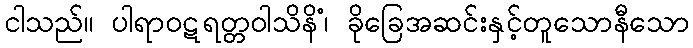
ငါသည်။ ပါရာဝဋရတ္တဝါသိနိံ၊ ခိုခြေအဆင်းနှင့်တူသောနီသော